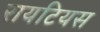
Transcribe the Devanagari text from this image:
रायटियस